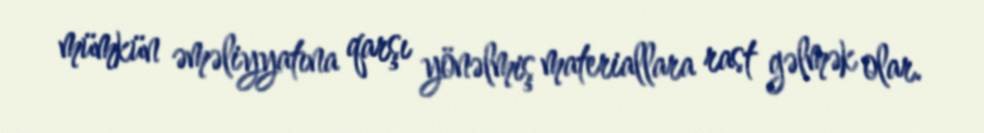
mümkün əməliyyatına qarşı yönəlmiş materiallara rast gəlmək olar.